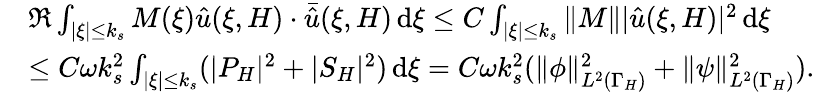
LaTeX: \begin{array}{rl}&{\Re\int_{|\xi|\le k_{s}}M(\xi)\hat{u}(\xi,H)\cdot\bar{\hat{u}}(\xi,H)\, \mathrm{d}\xi\le C\int_{|\xi|\le k_{s}}\| M\| |\hat{u}(\xi,H)|^{2}\, \mathrm{d}\xi}\\ &{\le C\omega k_{s}^{2}\int_{|\xi|\le k_{s}}(|P_{H}|^{2}+|S_{H}|^{2})\, \mathrm{d}\xi=C\omega k_{s}^{2}(\| \phi\| _{L^{2}(\Gamma_{H})}^{2}+\| \psi\| _{L^{2}(\Gamma_{H})}^{2}).}\end{array}